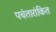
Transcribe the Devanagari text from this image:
पचंतारांकित